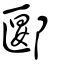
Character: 郾